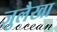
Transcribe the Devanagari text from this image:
ज़ुलैखा